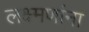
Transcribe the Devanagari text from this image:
लक्ष्मणांना